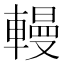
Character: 䡬